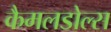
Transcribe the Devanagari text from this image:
कैमलडोल्स